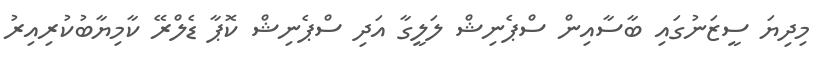
މިދިޔަ ސީޒަނުގައި ބާސާއިން ސްޕެނިޝް ލަލީގާ އަދި ސްޕެނިޝް ކޮޕާ ޑެލްރޭ ކާމިޔާބުކުރިއިރު